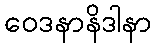
ဝေဒနာနိဒါနာ